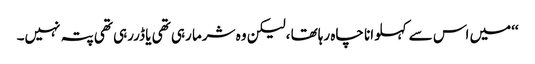
‘‘میں اس سے کہلوانا چاہ رہاتھا ،لیکن وہ شرما رہی تھی یا ڈررہی تھی پتہ نہیں۔